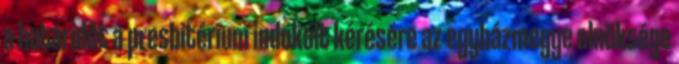
a határidőt a presbitérium indokolt kérésére az egyházmegye elnöksége